Scottish Leaving Certificate Examination, 1955
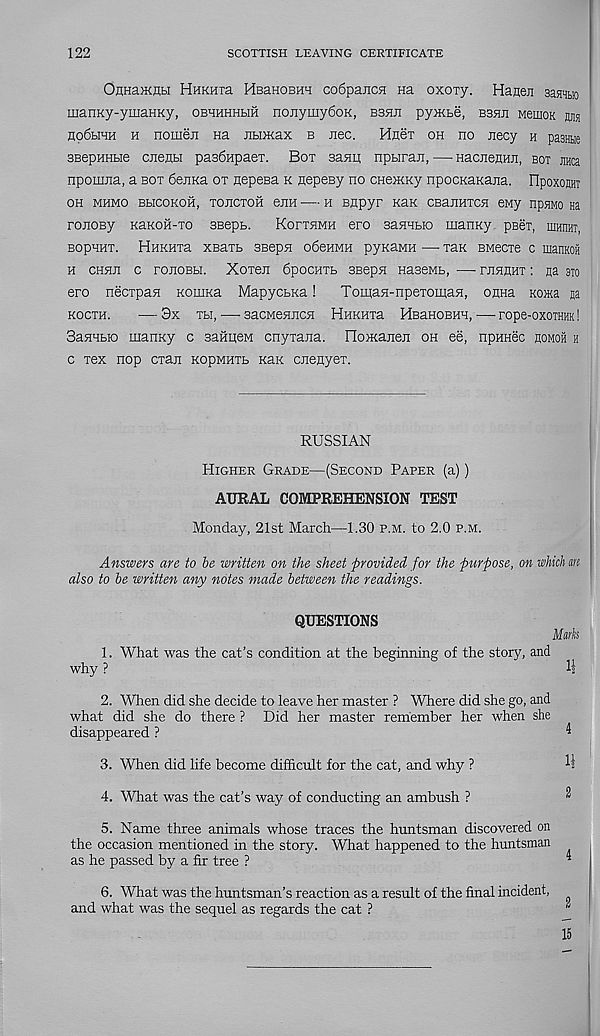
122
SCOTTISH LEAVING CERTIFICATE
OHHaiKHH HnKHia HBaHOBHT co6paiicH Ha oxory. Haneji aasHbio
manKy-ymaHKy, obhhhhbih nojiymy6oK, bbhji py>Kbe, bshji MemoK nm
ho6bihh h nomeii na JibiiKax b nee.
MneT oh no necy h pasmie
SBepHHbie cnenbi pas6HpaeT. Bot sann npuraji, — HacneHnii, bot jinca
npomna, a bot 6ejiKa ot nepeBa k nepesy no CHeiKKy npocKaKana. FIpoxojiHT
OH MHMO BBICOKOH, TOECTOH 6EH H Bflpyr KHK CBaEHTCH 6My npSMO H3
ronoBy KaKOH-To SBept.
Koftemh ero sanEBio inanKy peei, ihuitht,
BOpHHT. HHKHTa XBaTB SBOpE 06eHMH pyKaMH TaK BMeexe C manKOit
H CHHE C rOEOBH. XOTCE 6pOCHTB 3B6pH HaBeMb,
TEHEHT I
3T0
ero necxpan KoinKa MapyctKa!
TomaH-npeiomasi, oehr Koma sa
KOCTH.
3x TBI,
SaCMeHECH HHKHTa HBaHOBHH, rOpe-OXOTHHK!
SaHHBK) inanKy c saiiiieM cnyrana. IIoiKaEeE oh ee, npHHec jioMoii h
c rex nop craE kopmhtb Kaic cEeayeT.
RUSSIAN
Higher Grade—(Second Paper (a))
AURAL COMPREHENSION TEST
Monday, 21st March—1.30 p.m. to 2.0 p.m.
Answers are to be written on the sheet provided for the purpose, on which m
also to be written any notes made between the readings.
QUESTIONS
Mwfc
1. What was the cat’s condition at the beginning of the story, and
why ?
H
2. When did she decide to leave her master ? Where did she go, and
what did she do there ? Did her master remember her when she
disappeared ?
3. When did life become difficult for the cat, and why ?
11
4. What was the cat’s way of conducting an ambush ?
^
5. Name three animals whose traces the huntsman discovered on
the occasion mentioned in the story. What happened to the huntsman
as he passed by a fir tree ?
6. What was the huntsman’s reaction as a result of the final incident,
and what was the sequel as regards the cat ?
15